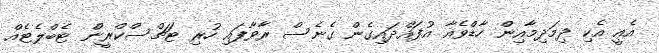
އެއީ އެކި ދިމަދިމާއިން ހާޑްވެއާ އުފައްދައިގެން ގެނެސް ރާވާފައި ހުރި ޓަޗްސްކްރީން ޓެބްލެޓެއް